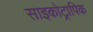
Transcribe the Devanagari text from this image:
साइकोट्रापिक